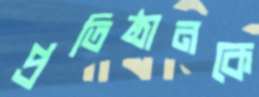
প্রতিষ্ঠানকে